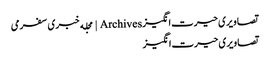
تصاویری حیرت‌انگیز Archives | مجله خبری سفرمی
تصاویری حیرت‌انگیز